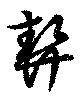
契